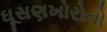
ઘૂસણખોરોનો